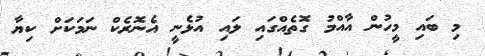
މި ބައި މީހުން އާއްމު ގޮތެއްގައި ލައި އުޅެނީ އެނޮރެކް ނަމަކަށް ކިޔާ